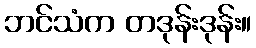
ဘင်သံက တဒုန်းဒုန်း။